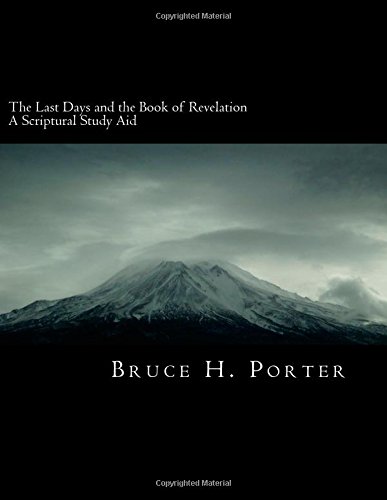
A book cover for The Last Days and the Book of Revelation: A Scriptural Study Aid; Bruce H. Porter; Christian Books & Bibles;